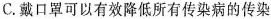
C. 戴口罩可以有效降低所有传染病的传染